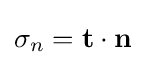
\sigma _{n}=\mathbf {t} \cdot \mathbf {n}